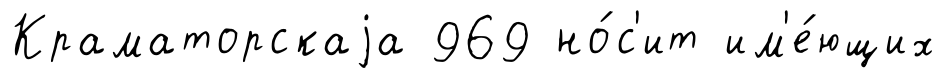
Краматорскаjа 969 но́с'ит им'е́ющих